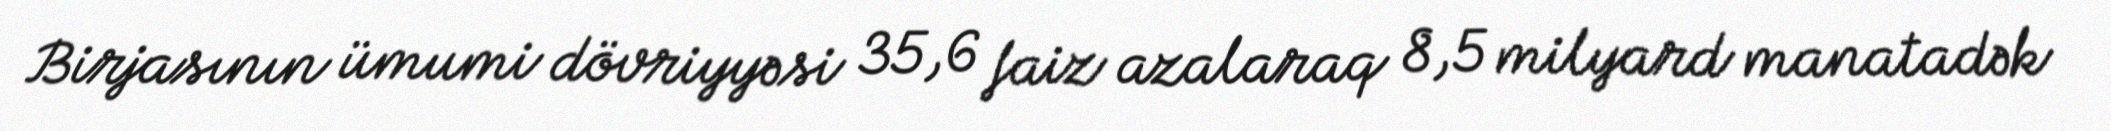
Birjasının ümumi dövriyyəsi 35,6 faiz azalaraq 8,5 milyard manatadək